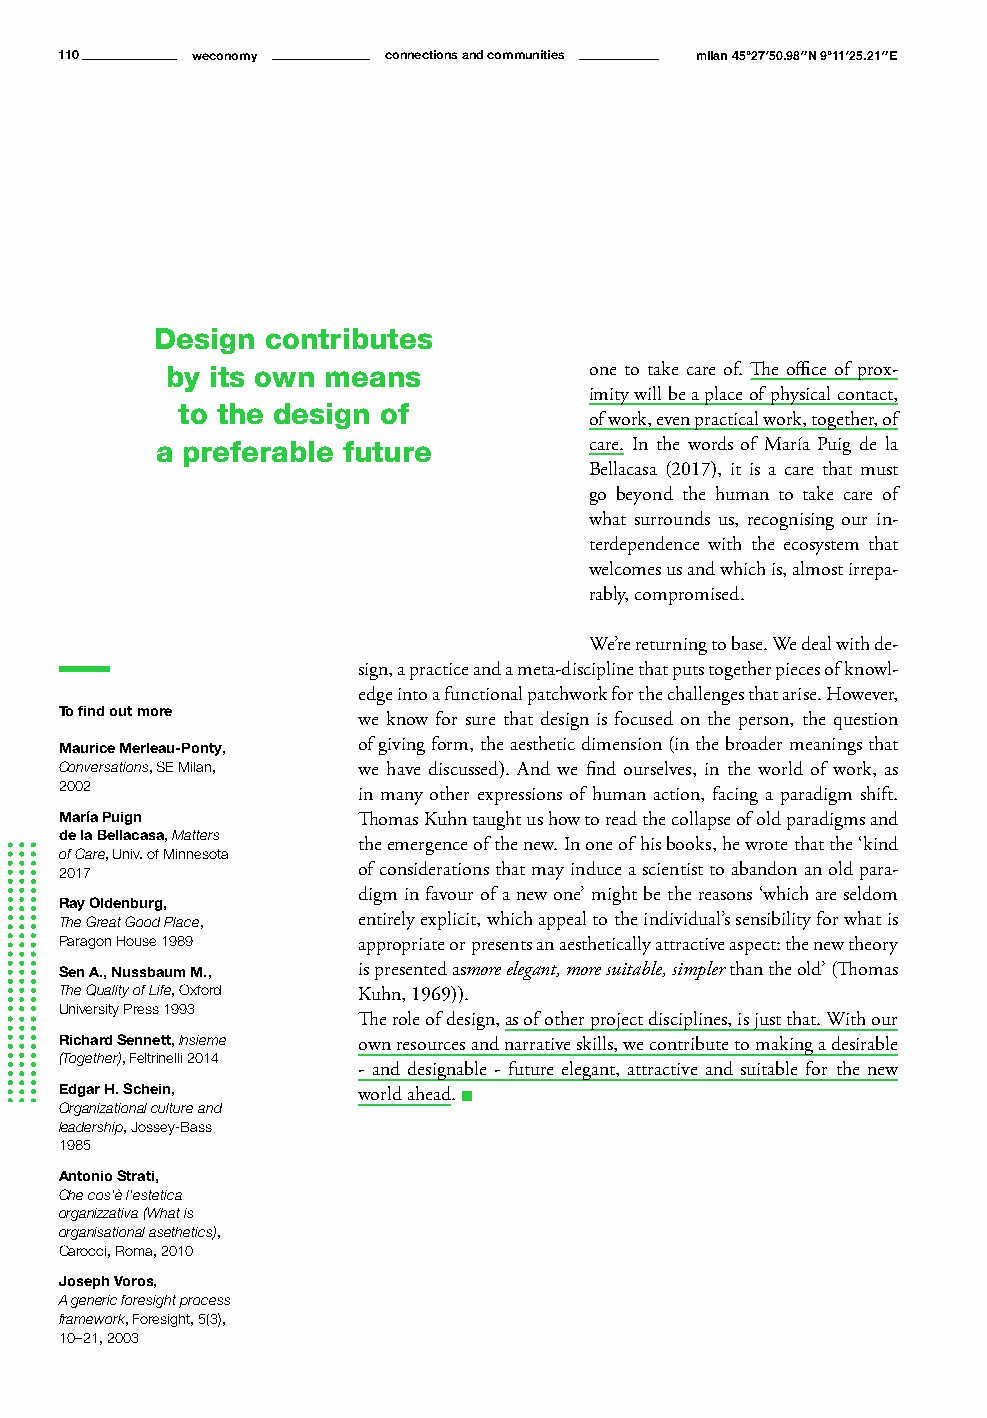
110      weconomy    connections and communities milan 45°27′50.98″N 9°11′25.21″E
 Design  contributes
 by its own means            one to take care of. The office of prox-
 imity will be a place of physical contact,
 to the design of
 of work, even practical work, together, of
 a preferable future          care. In the words of María Puig de la
 Bellacasa (2017), it is a care that must
 go beyond the human to take care of
 what surrounds us, recognising our in-
 terdependence with the ecosystem that
 welcomes us and which is, almost irrepa-
 rably, compromised.
 We’re returning to base. We deal with de-
 sign, a practice and a meta-discipline that puts together pieces of knowl-
 edge into a functional patchwork for the challenges that arise. However,
 To find out more
 we know for sure that design is focused on the person, the question
 Maurice Merleau-Ponty, of giving form, the aesthetic dimension (in the broader meanings that
 Conversations, SE Milan, we have discussed). And we find ourselves, in the world of work, as
 2002
 in many other expressions of human action, facing a paradigm shift.
 María Puign         Thomas Kuhn taught us how to read the collapse of old paradigms and
 de la Bellacasa, Matters
 the emergence of the new. In one of his books, he wrote that the ‘kind
 of Care, Univ. of Minnesota
 2017                of considerations that may induce a scientist to abandon an old para-
 digm in favour of a new one’ might be the reasons ‘which are seldom
 Ray Oldenburg,
 The Great Good Place, entirely explicit, which appeal to the individual’s sensibility for what is
 Paragon House 1989  appropriate or presents an aesthetically attractive aspect: the new theory
 Sen A., Nussbaum M., is presented asmore elegant, more suitable, simpler than the old’ (Thomas
 The Quality of Life, Oxford Kuhn, 1969)).
 University Press 1993
 The role of design, as of other project disciplines, is just that. With our
 Richard Sennett, Insieme own resources and narrative skills, we contribute to making a desirable
 (Together), Feltrinelli 2014
 - and designable - future elegant, attractive and suitable for the new
 Edgar H. Schein,    world ahead. n
 Organizational culture and
 leadership, Jossey-Bass
 1985
 Antonio Strati,
 Che cos’è l’estetica
 organizzativa (What is
 organisational asethetics),
 Carocci, Roma, 2010
 Joseph Voros,
 A generic foresight process
 framework, Foresight, 5(3),
 10–21, 2003